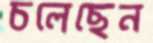
চলেছেন